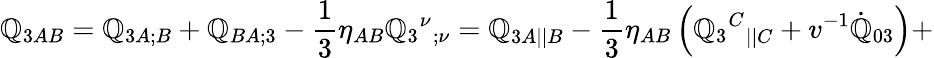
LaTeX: {\cal\mathbb{Q}}_{3AB}=\mathbb{Q}_{3A;B}+\mathbb{Q}_{BA;3}-\frac{1}{3}\eta_{AB}\mathbb{Q}_{3}{^\nu}{_{;\nu}}={\mathbb{Q}}_{3A||B}-\frac{{1}}{{3}}\eta_{AB}\left(\mathbb{Q}_{3}{^C}{_{||C}}+v^{-1}\dot{{\mathbb{Q}}}_{03}\right)+